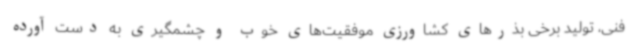
فنی، تولید برخی بذرهای کشاورزی موفقیت‌های خوب و چشمگیری به دست آورده